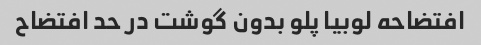
افتضاحه لوبیا پلو بدون گوشت در حد افتضاح